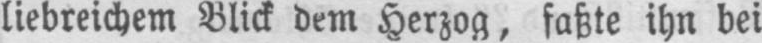
liebreichem Blick dem Herzog, faßte ihn bei